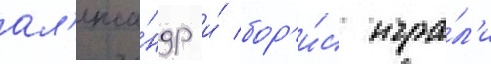
ал'екса́ндр и́ бор'и́с игра́л'и